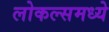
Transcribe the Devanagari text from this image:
लोकल्समध्ये